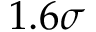
1 . 6 \sigma